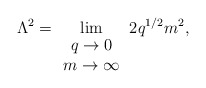
\begin{align*}\Lambda^2 = \lim_{\begin{array}{c}q \rightarrow 0 \\ m \rightarrow \infty \end{array}} 2 q^{1/2} m^2,\end{align*}